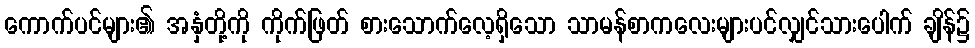
ကောက်ပင်များ၏ အနှံတို့ကို ကိုက်ဖြတ် စားသောက်လေ့ရှိသော သာမန်စာကလေးများပင်လျှင်သားပေါက် ချိန်၌